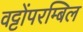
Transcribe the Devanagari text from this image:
वट्टोंपरम्बिल